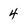
Character: 4